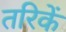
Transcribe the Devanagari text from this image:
तरिकें